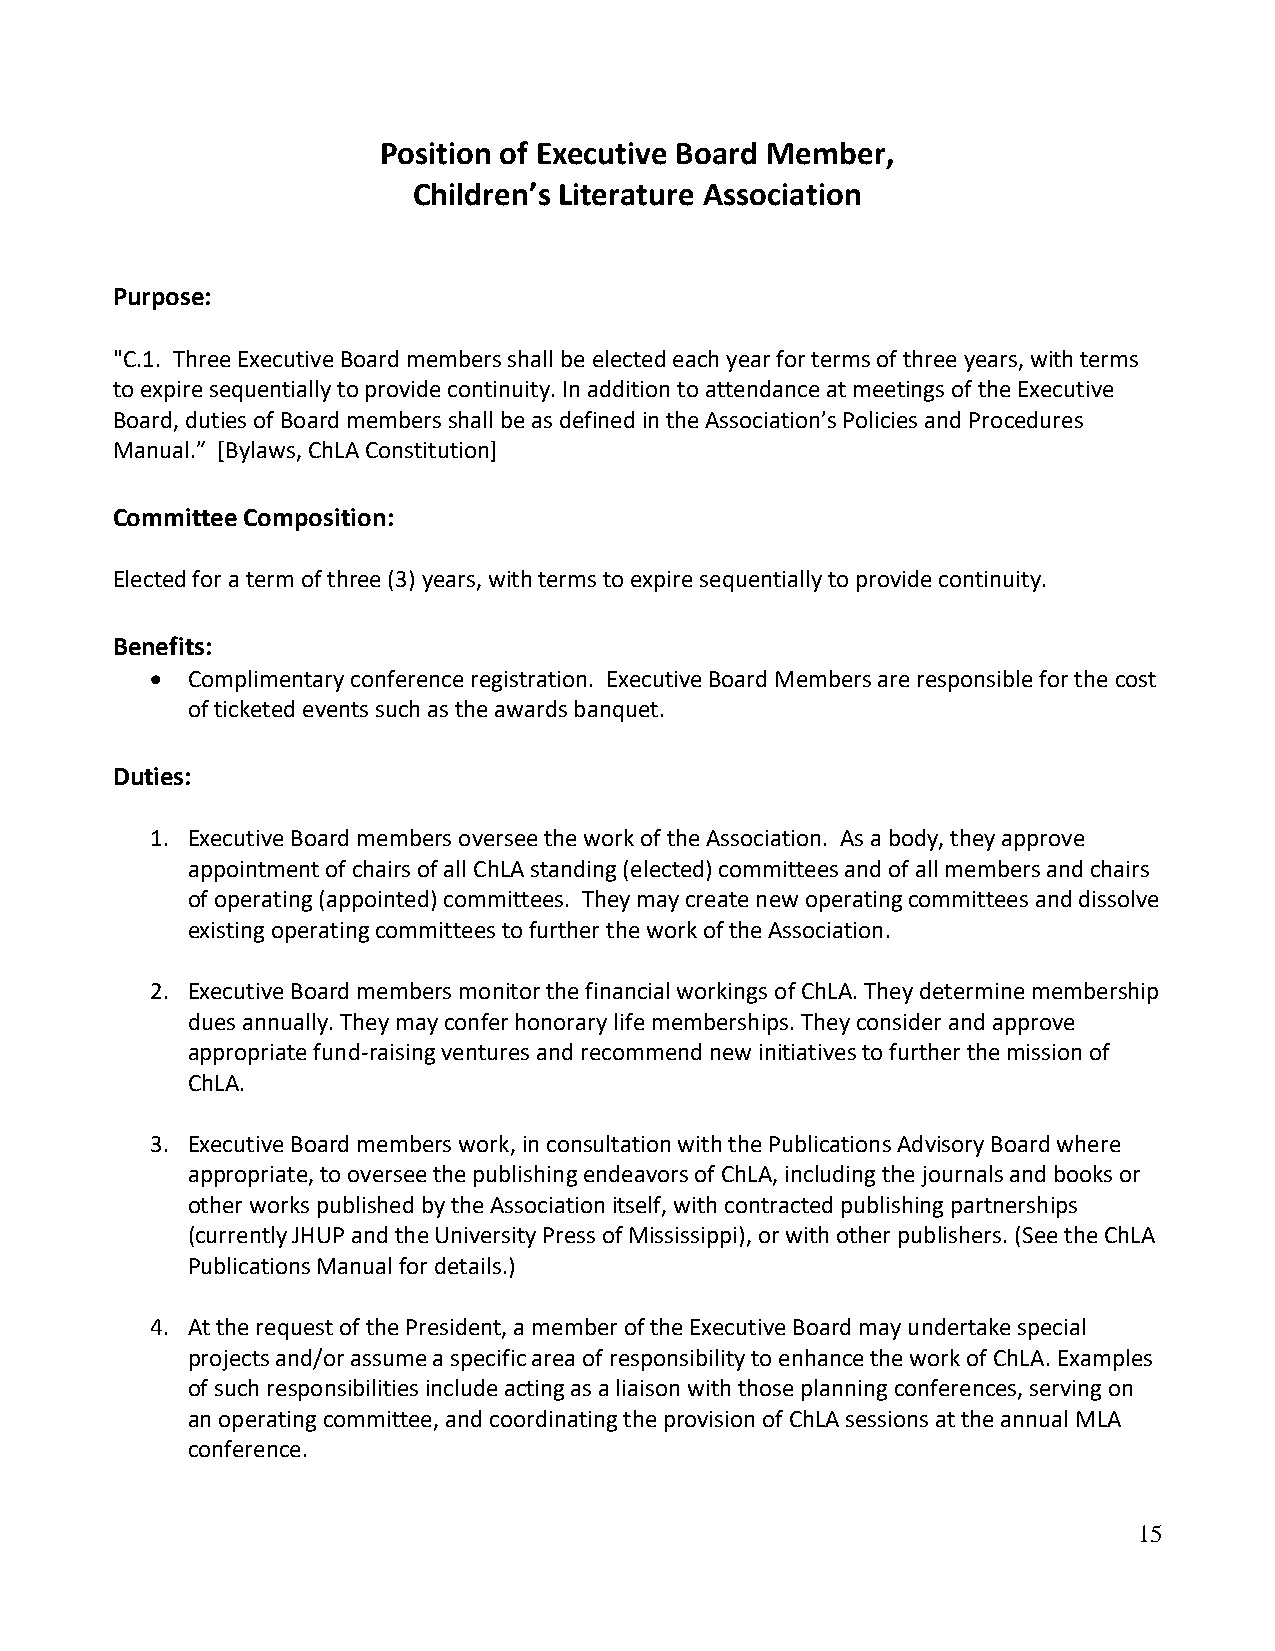
Position of Executive Board Member,
 Children’s Literature Association
 Purpose:
 "C.1. Three Executive Board members shall be elected each year for terms of three years, with terms
 to expire sequentially to provide continuity. In addition to attendance at meetings of the Executive
 Board, duties of Board members shall be as defined in the Association’s Policies and Procedures
 Manual.” [Bylaws, ChLA Constitution]
 Committee Composition:
 Elected for a term of three (3) years, with terms to expire sequentially to provide continuity.
 Benefits:
 • Complimentary conference registration. Executive Board Members are responsible for the cost
 of ticketed events such as the awards banquet.
 Duties:
 1. Executive Board members oversee the work of the Association. As a body, they approve
 appointment of chairs of all ChLA standing (elected) committees and of all members and chairs
 of operating (appointed) committees. They may create new operating committees and dissolve
 existing operating committees to further the work of the Association.
 2. Executive Board members monitor the financial workings of ChLA. They determine membership
 dues annually. They may confer honorary life memberships. They consider and approve
 appropriate fund-raising ventures and recommend new initiatives to further the mission of
 ChLA.
 3. Executive Board members work, in consultation with the Publications Advisory Board where
 appropriate, to oversee the publishing endeavors of ChLA, including the journals and books or
 other works published by the Association itself, with contracted publishing partnerships
 (currently JHUP and the University Press of Mississippi), or with other publishers. (See the ChLA
 Publications Manual for details.)
 4. At the request of the President, a member of the Executive Board may undertake special
 projects and/or assume a specific area of responsibility to enhance the work of ChLA. Examples
 of such responsibilities include acting as a liaison with those planning conferences, serving on
 an operating committee, and coordinating the provision of ChLA sessions at the annual MLA
 conference.
 15